Lunatic asylums Punjab 1911-1921 - 1911-1921
Year: 1911
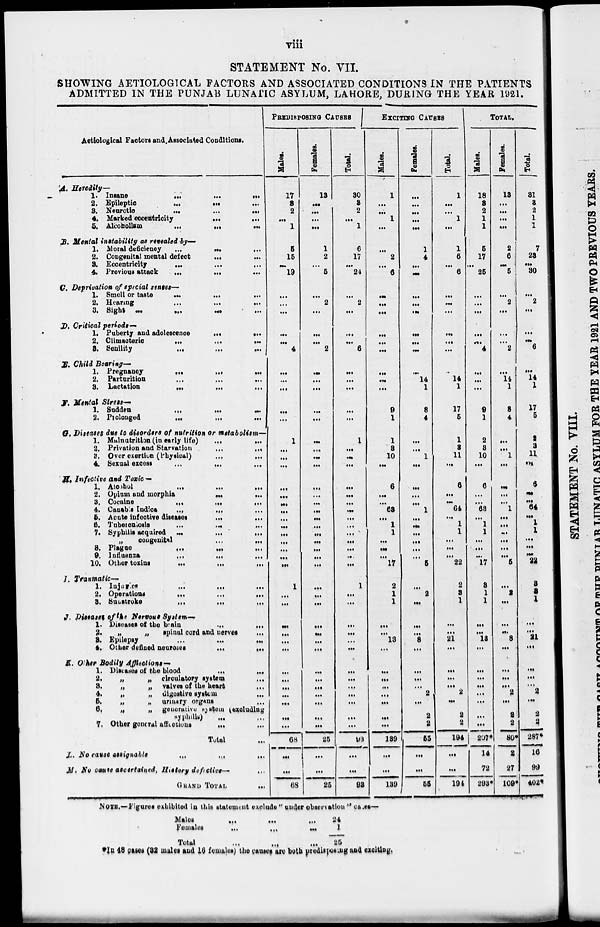
viii
STATEMENT No. VII.
SHOWING AETIOLOGICAL FACTORS AND ASSOCIATED CONDITIONS IN THE PATIENTS
ADMITTED IN THE PUNJAB LUNATIC ASYLUM, LAHORE, DURING THE YEAR 1921.
A.
B.
C.
D.
E.
F.
G.
H.
I.
J.
K.
L.
M.
Aetiological Factors and Associated Conditions.
Heredity—
1. Insane
...
...
...
2. Epileptic
...
...
...
3. Neurotic
...
...
...
4. Marked eccentricity ... ...
5. Alcoholism
...
...
...
Mental instability as revealed by—
1. Moral deficiency ... ... ...
2. Congenital mental defect ... ...
3. Eccentricity
...
...
...
4. Previous attack
...
...
...
Deprivation of special senses—
1. Smell or taste
...
...
...
2. Hearing ... ... ...
3. Sight
... ... ... ...
Critical periods—
1. Puberty and adolescence ... ...
2. Climacteric
...
...
...
3. Senility ... ... ...
Child Bearing—
1. Pregnancy
...
...
...
2. Parturition ... ... ...
3. Lactation
...
...
...
Mental Stress—
1. Sudden
...
...
...
2. Prolonged ... ... ...
Diseases due to disorders of nutrition or metabolism—
1. Malnutrition (in early life) ... ...
2. Privation and Starvation ... ...
3.
Over exertion (Physical)
...
...
4. Sexual excess
...
...
...
Infective and Toxic —
1. Alcohol
...
...
...
2. Opium and morphia ... ...
3. Cocaine
...
...
...
4. Canabis Indica
...
...
...
5. Acute infective diseases ... ...
6. Tuberculosis
...
...
...
7. Syphilis acquired
...
...
...
„
congenital ... ...
8. Plague
...
...
...
9. Influenza
...
...
...
10. Other toxins
...
...
...
Traumatic—
1. Injures
...
...
...
2. Operations
...
...
...
3. Sunstroke
...
...
...
Diseases of the Nervous System—
1. Diseases of the brain ... ...
2.
„
„
spinal cord and nerves ...
3.
Epilepsy
...
...
...
4. Other defined neuroses
...
...
Other Bodily Affections—
1. Diseases of the blood
...
...
2.
„
„ circulatory system ...
3.
„
„ valves of the heart ...
4.
„
„ digestive system ...
5.
„
„ urinary organs ...
6.
„
„ generative system (excluding
syphilis)
...
...
7. Other general affections ... ...
Total ...
No cause assignable
...
...
...
No cause ascertained, History defectivs— ...
GRAND
TOTAL
...
PREDISPOSING CAUSES
Males.
17
3
2
...
1
5
15
...
19
...
...
...
...
...
4
...
...
...
...
...
1
...
...
...
...
...
...
...
...
...
...
...
...
...
...
1
...
...
...
...
...
...
...
...
...
...
...
...
...
68
...
...
68
Females.
13
...
...
...
...
1
2
...
5
...
2
...
...
...
2
...
...
...
...
...
...
...
...
...
...
...
...
...
...
...
...
...
...
...
...
...
...
...
...
...
...
...
...
...
...
...
...
...
...
25
...
...
25
Total.
30
3
2
...
1
6
17
...
24
...
2
...
...
...
6
...
...
...
...
...
1
...
...
...
...
...
...
...
...
...
...
...
...
...
...
1
...
...
...
...
...
...
...
...
...
...
...
...
...
93
...
...
93
EXCITING
CAUSES
Males.
1
...
...
1
...
...
2
...
6
...
...
...
...
...
...
...
...
...
9
1
1
3
10
...
6
...
...
63
...
1
1
...
...
...
17
2
1
1
...
...
13
...
...
...
...
...
...
...
...
139
...
...
139
Females.
...
...
...
...
...
1
4
...
...
...
...
...
...
...
...
...
14
1
8
4
...
..
1
...
...
...
...
1
...
...
...
...
...
...
5
...
2
...
...
...
8
...
...
...
...
2
...
2
2
55
...
...
55
Total.
1
...
...
1
...
1
6
...
6
...
...
...
...
...
...
...
14
1
17
6
1
3
11
...
6
...
...
64
...
1
1
...
...
...
22
2
3
1
...
...
21
...
...
...
...
2
...
2
2
194
...
...
194
TOTAL.
Males.
18
3
2
1
1
5
17
...
25
...
...
...
...
...
4
...
...
...
9
1
2
3
10
...
6
...
...
63
...
1
1
...
...
...
17
3
1
1
...
...
13
...
...
...
...
...
...
...
...
207*
14
72
293*
Females.
13
...
...
...
...
2
6
...
5
...
2
...
...
...
2
...
14
1
8
4
...
...
1
...
...
...
...
1
...
...
...
...
...
...
5
...
2
...
...
...
8
...
...
...
...
2
...
2
2
80*
2
27
109*
Total.
31
3
2
1
1
7
23
...
30
...
2
...
...
...
6
...
14
1
17
5
2
3
11
...
6
...
...
64
...
1
1
...
...
...
22
3
3
1
...
...
21
...
...
...
...
2
...
2
2
287*
16
99
402*
NOTE.—Figures exhibited in this statement exclude " under observation " cases—
Males
...
...
...
Females ... ... ...
Total ... ... ...
24
1
25
*In 48 cases (32 males and 16 females) the causes are both predisposing and exciting.